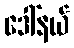
ဒေါ်နယ်